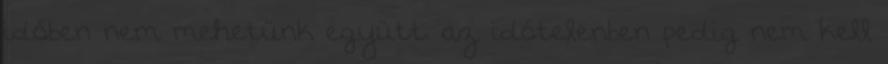
időben nem mehetünk együtt. az időtelenben pedig nem kell